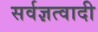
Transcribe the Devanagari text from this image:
सर्वज्ञत्वादी